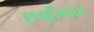
છણીયાર